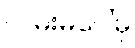
လမ်းမပေါ်မှ